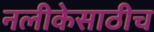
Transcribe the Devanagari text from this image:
नलीकेसाठीच